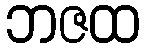
ဘဇထ